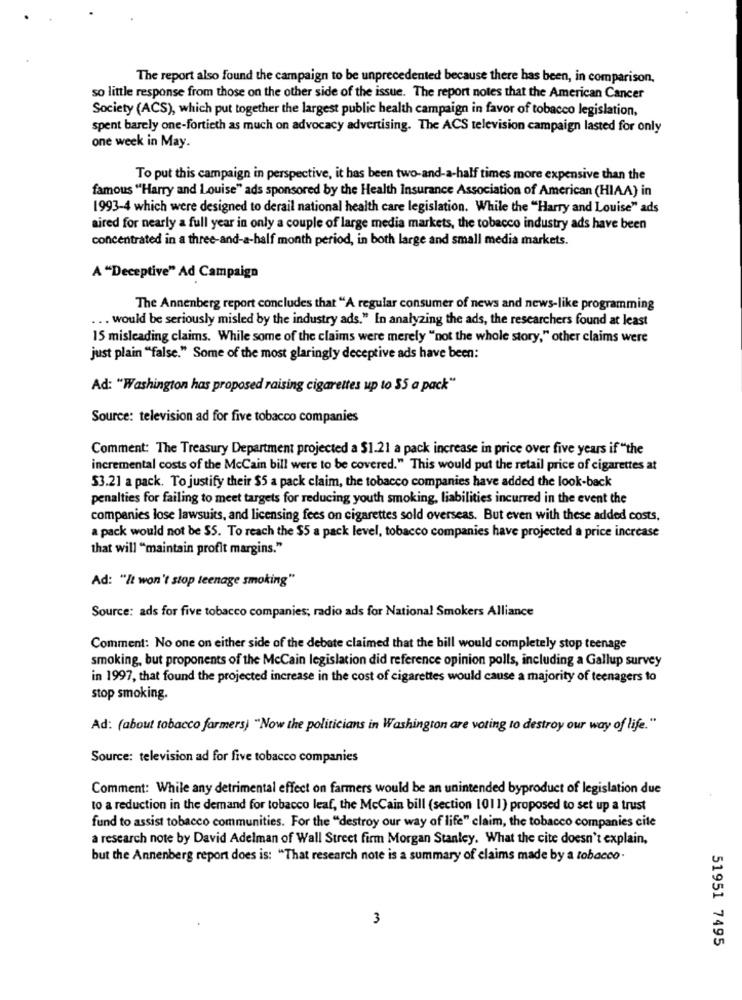
The report also found the campaign to be unprecedented because there has been, in comparison.
so little response from those on the other side of the issue. The report notes that the American Cancer
Society (ACS), which put together the largest public health campaign in favor of tobacco legislation,
spent barely one-fortieth as much on advocacy advertising. The ACS television campaign lasted for only
one week in May.
To put this campaign in perspective, it has been two-and-a-half times more expensive than the
famous "Harry and Louise" ads sponsored by the Health Insurance Association of American (HIAA) in
1993-4 which were designed to derail national health care legislation. While the "Harry and Louise" ads
aired for nearly a full year in only a couple of large media markets, the tobacco industry ads have been
concentrated in a three-and-a-half month period, in both large and small media markets.
A "Deceptive" Ad Campaign
The Annenberg report concludes that "A regular consumer of news and news-like programming
... would be seriously misled by the industry ads." In analyzing the ads, the researchers found at least
15 misleading claims. While some of the claims were merely "not the whole story," other claims were
just plain "false." Some of the most glaringly deceptive ads have been:
Ad: "Washington has proposed raising cigarettes up to $5 a pack"
Source: television ad for five tobacco companies
Comment: The Treasury Department projected a $1.21 a pack increase in price over five years if "the
incremental costs of the McCain bill were to be covered." This would put the retail price of cigarettes at
53.21 a pack. To justify their $5 a pack claim, the tobacco companies have added the look-back
penalties for failing to meet targets for reducing youth smoking, liabilities incurred in the event the
companies lose lawsuits, and licensing fees on cigarettes sold overseas. But even with these added costs,
a pack would not be $5. To reach the $5 a pack level, tobacco companies have projected a price increase
that will "maintain profit margins."
Ad: "It won't stop teenage smoking"
Source: ads for five tobacco companies; radio ads for National Smokers Alliance
Comment: No one on either side of the debate claimed that the bill would completely stop teenage
smoking, but proponents of the McCain legislation did reference opinion polls, including a Gallup survey
in 1997, that found the projected increase in the cost of cigarettes would cause a majority of teenagers to
stop smoking.
Ad: (about tobacco farmers) "Now the politicians in Washington are voting to destroy our way of life."
Source: television ad for five tobacco companies
Comment: While any detrimental effect on farmers would be an unintended byproduct of legislation due
to a reduction in the demand for tobacco leaf, the McCain bill (section 1011) proposed to set up a trust
fund to assist tobacco communities. For the "destroy our way of life" claim, the tobacco companies cite
a research note by David Adelman of Wall Street firm Morgan Stanley. What the cite doesn't explain,
but the Annenberg report does is: "That research note is a summary of claims made by a tobacco .
3
51951 7495